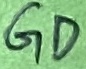
Text: GD